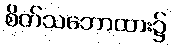
စိတ်သဘောထား၌